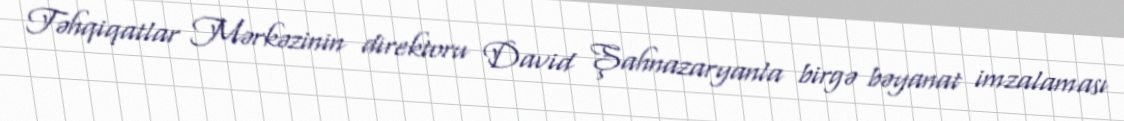
Təhqiqatlar Mərkəzinin direktoru David Şahnazaryanla birgə bəyanat imzalaması